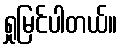
ရှုမြင်ပါတယ်။